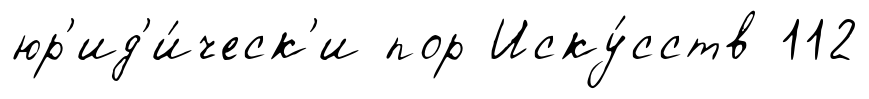
юр'ид'и́ческ'и пор Иску́сств 112